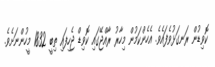
ކޮވިޑުން ރަނގަޅުވެފައެވެ. އެހެންކަމުން މިހާރު ރާއްޖޭގައި ކޮވިޑް ޖެހިފައި ތިބީ 1832 މީހުންނަށެވެ.